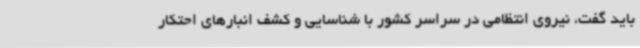
باید گفت، نیروی انتظامی در سراسر کشور با شناسایی و کشف انبارهای احتکار